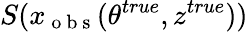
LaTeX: S(x_{\mathrm{~o~b~s~}}(\theta^{true},z^{true}))